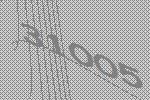
31005